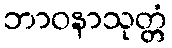
ဘာဝနာသုတ္တံ